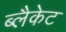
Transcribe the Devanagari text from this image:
ब्लैकेट